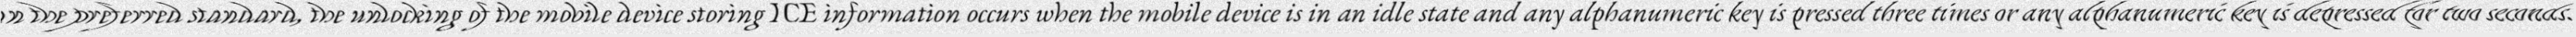
"In the preferred standard, the unlocking of the mobile device storing ICE information occurs when the mobile device is in an idle state and any alphanumeric key is pressed three times or any alphanumeric key is depressed for two seconds."